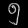
Digit: ၅